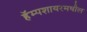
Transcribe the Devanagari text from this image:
हॅम्पशायरमधील